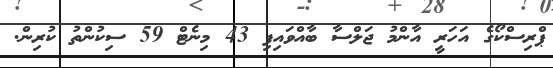
ޕްރިސްކޯގެ އަހަރީ އާންމު ޖަލްސާ ބާއްވައިފި 43 މިނެޓް 59 ސިކުންތު ކުރިން.